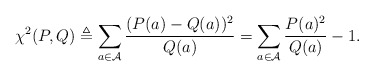
\begin{align*}\chi^2(P,Q) \triangleq \sum_{a \in \mathcal{A}} \frac{(P(a)-Q(a))^2}{Q(a)}= \sum_{a \in \mathcal{A}} \frac{P(a)^2}{Q(a)} - 1.\end{align*}